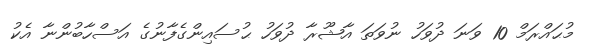
މުޙައްރަމް 10 ވަނަ ދުވަހު ނުވަތަ އާޝޫރާ ދުވަހު ޙުސައިންގެފާނުގެ އަސްހާބުންނާ އެކު